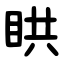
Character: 䀧